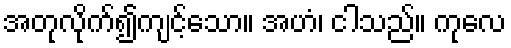
အတုလိုက်၍ကျင့်သော။ အဟံ၊ ငါသည်။ ကုလေ